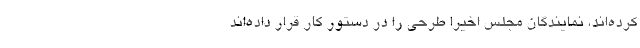
کرده‌اند، نمایندگان مجلس اخیراً طرحی را در دستور کار قرار داده‌اند